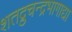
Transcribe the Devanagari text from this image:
शतद्रुचन्द्रभागाद्या